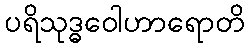
ပရိသုဒ္ဓဝေါဟာရောတိ